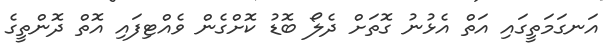
އަނގަމަތީގައި އަތް އެޅުނު ގޮތަށް ދެލޯ ބޮޑު ކޮށްގެން ވެއްޓިފައި އޮތް ދޮންތީގެ